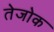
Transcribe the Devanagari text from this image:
तेजोक